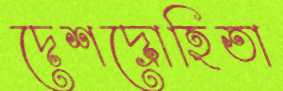
দেশদ্রোহিতা